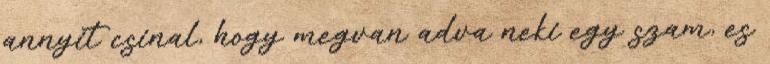
annyit csinal, hogy megvan adva neki egy szam, es